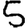
Digit: 5